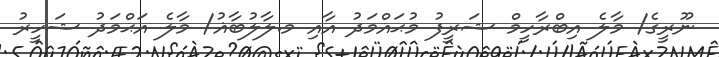
ނޫރީގެ/ މާލެ އިބްރާހީމް ޝަރީފު މުޙައްމަދު އާއި މ.ލާލުބާޣު/ މާލެ އަޙްމަދު ޝަހީރު